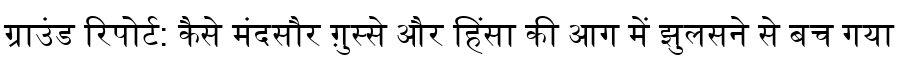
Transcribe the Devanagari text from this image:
ग्राउंड रिपोर्ट: कैसे मंदसौर ग़ुस्से और हिंसा की आग में झुलसने से बच गया